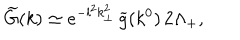
\widetilde { G } ( k ) \simeq e ^ { - l ^ { 2 } k _ { \perp } ^ { 2 } } \, \widetilde { g } ( k ^ { 0 } ) \, 2 \Lambda _ { + } ,